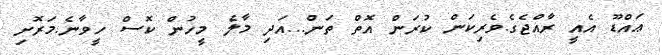
ޢައްޑޫ އެއީ ރާއްޖެގެ.ވެރިކަން ކުރަން އޮތް ތަން...އަދި މާލެ މީހުން ކޮސް ހީވާނެ.މަރޮށި